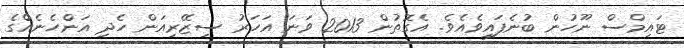
ޓައިމްސް ނޫހުން ބުނެފައިވެއެވެ. އެގޮތުން 2013 ވަނަ އަހަރު ސިޒޭރިއަން ހެދި އަންހެނެއްގެ